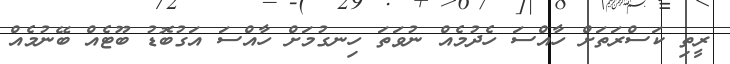
ރީތި ކަސްރަތަށް ހާއްސަ ހެދުމެއް ނުވަތަ ހިނގުމަށް ހާއްސަ އަގުބޮޑު ބޫޓެއް ބޭނުމެއް